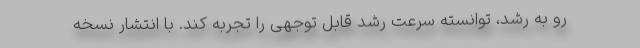
رو به رشد، توانسته سرعت رشد قابل توجهی را تجربه کند. با انتشار نسخه